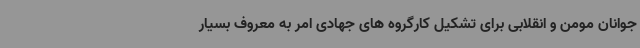
جوانان مومن و انقلابی برای تشکیل کارگروه های جهادی امر به معروف بسیار